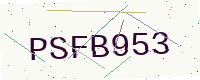
Text: PSFB953